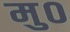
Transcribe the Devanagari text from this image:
मु०